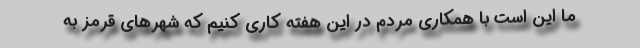
ما این است با همکاری مردم در این هفته کاری کنیم که شهرهای قرمز به